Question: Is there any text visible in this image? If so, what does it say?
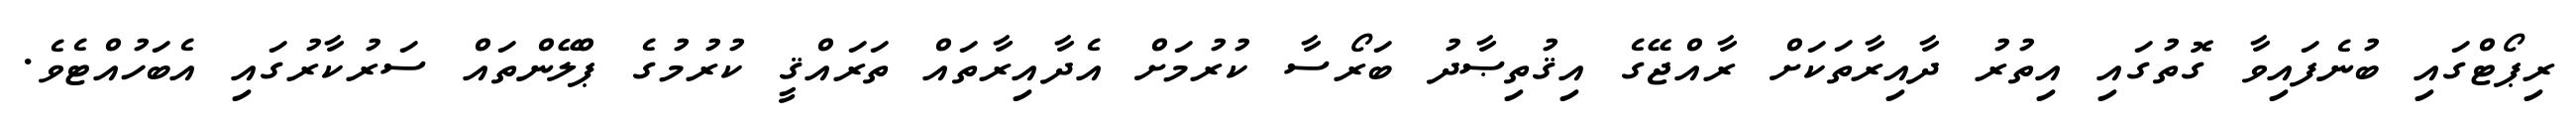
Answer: ރިޕޯޓްގައި ބުނެފައިވާ ގޮތުގައި އިތުރު ދާއިރާތަކަށް ރާއްޖޭގެ އިޤުތިޞާދު ބަރޯސާ ކުރުމަށް އެދާއިރާތައް ތަރައްޤީ ކުރުމުގެ ޕްލޭންތައް ސަރުކާރުގައި އެބަހުއްޓެވެ.